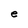
Character: e